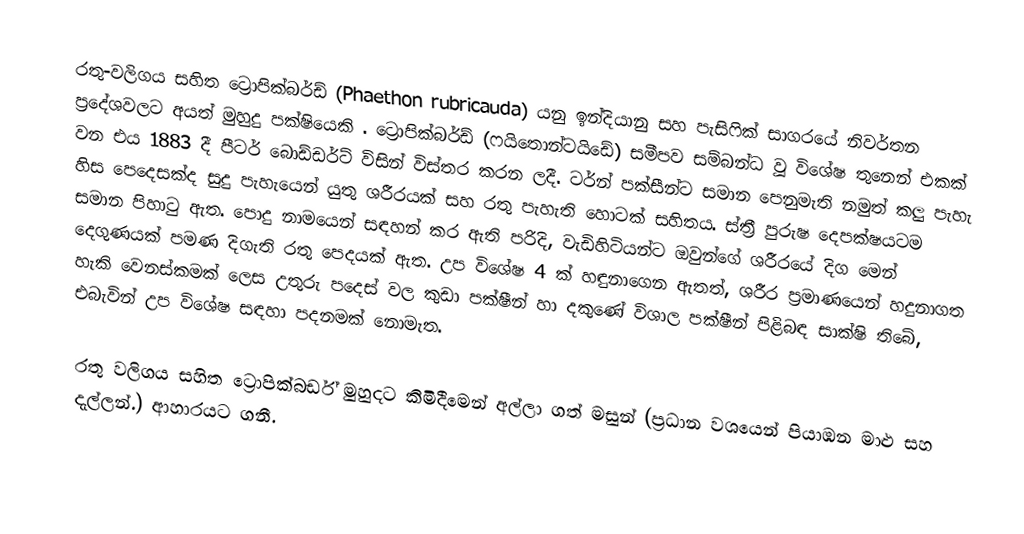
රතු-වලිගය සහිත ට්‍රොපික්බර්ඩ් (Phaethon rubricauda) යනු ඉන්දියානු සහ පැසිෆික් සාගරයේ නිවර්තන ප්‍රදේශවලට අයත් මුහුදු පක්ෂියෙකි . ට්‍රොපික්බර්ඩ් (ෆයිතොන්ටයිඩේ) සමීපව සම්බන්ධ වූ විශේෂ තුනෙන් එකක් වන එය 1883 දී පීටර් බොඩ්ඩර්ට් විසින් විස්තර කරන ලදී. ටර්න් පක්සීන්ට සමාන පෙනුමැති නමුත් කලු පැහැ හිස පෙදෙසක්ද සුදු පැහැයෙන් යුතු ශරීරයක් සහ රතු පැහැති හොටක් සහිතය. ස්ත්‍රී පුරුෂ දෙපක්ෂයටම සමාන පිහාටු ඇත. පොදු නාමයෙන් සඳහන් කර ඇති පරිදි, වැඩිහිටියන්ට ඔවුන්ගේ ශරීරයේ දිග මෙන් දෙගුණයක් පමණ දිගැති රතු පෙදයක් ඇත. උප විශේෂ 4 ක් හඳුනාගෙන ඇතත්, ශරීර ප්‍රමාණයෙන් හදුනාගත හැකි වෙනස්කමක් ලෙස උතුරු පදෙස් වල කුඩා පක්ෂීන් හා දකුණේ විශාල පක්ෂීන් පිළිබඳ සාක්ෂි තිබේ, එබැවින් උප විශේෂ සඳහා පදනමක් නොමැත.

රතු වලිගය සහිත ට්‍රොපික්බර්ඩ් මුහුදට කිමිදීමෙන් අල්ලා ගත් මසුන් (ප්‍රධාන වශයෙන්  පියාඹන මාළු සහ දැල්ලන්.) ආහාරයට ගනී.